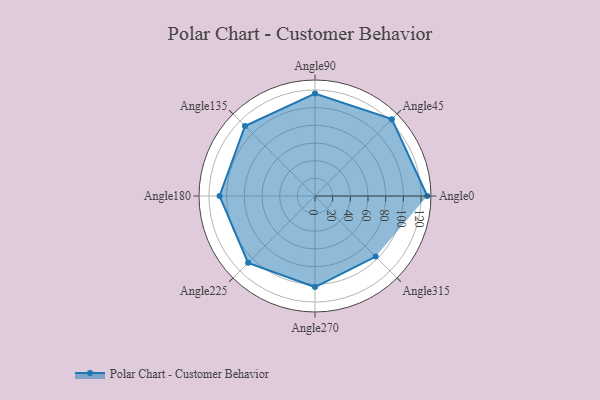
{"axis": {"x": "Angle", "y": "Radius"}, "legend": [""], "data": [{"x": "Angle0", "y": 127.0, "type": ""}, {"x": "Angle45", "y": 123.0, "type": ""}, {"x": "Angle90", "y": 116.0, "type": ""}, {"x": "Angle135", "y": 112.0, "type": ""}, {"x": "Angle180", "y": 108.0, "type": ""}, {"x": "Angle225", "y": 107.0, "type": ""}, {"x": "Angle270", "y": 103.0, "type": ""}, {"x": "Angle315", "y": 97.0, "type": ""}]}